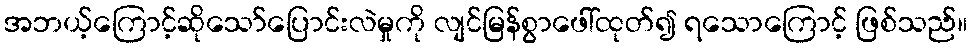
အဘယ့်ကြောင့်ဆိုသော်ပြောင်းလဲမှုကို လျင်မြန်စွာဖေါ်ထုတ်၍ ရသောကြောင့် ဖြစ်သည်။